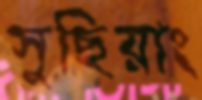
সুছিয়াং